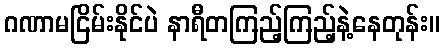
ဂဏာမငြိမ်းနိုင်ပဲ နာရီတကြည့်ကြည့်နဲ့နေတုန်း။